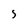
Character: S